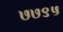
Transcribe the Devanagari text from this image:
७७९५